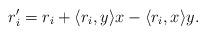
LaTeX: \begin{align*}r'_i = r_i + \langle r_i,y \rangle x- \langle r_i,x \rangle y.\end{align*}